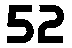
52